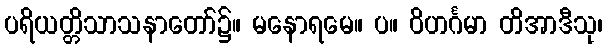
ပရိယတ္တိသာသနာတော်၌။ မနောရမေ။ ပ။ ဝိဟင်္ဂမာ တိအာဒီသု၊